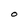
Character: 0